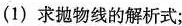
（1）求抛物线的解析式;